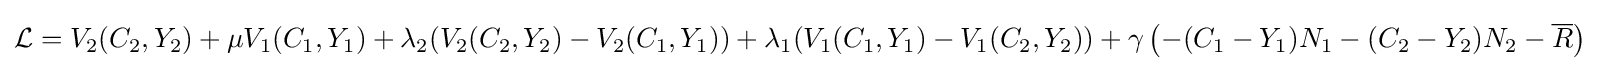
{\mathcal {L}}=V_{2}(C_{2},Y_{2})+\mu V_{1}(C_{1},Y_{1})+\lambda _{2}(V_{2}(C_{2},Y_{2})-V_{2}(C_{1},Y_{1}))+\lambda _{1}(V_{1}(C_{1},Y_{1})-V_{1}(C_{2},Y_{2}))+\gamma \left(-(C_{1}-Y_{1})N_{1}-(C_{2}-Y_{2})N_{2}-{\overline {R}}\right)\;